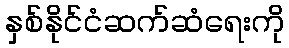
နှစ်နိုင်ငံဆက်ဆံရေးကို